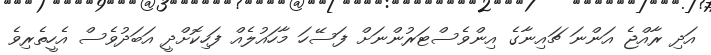
އަދި ރާއްޖެ އަންނަ ޗައިނާގެ އިންވެސްޓަރުންނަށް ފަސޭހަ މާހައުލެއް ފަހިކޮށްދީ އަބަދުވެސް އެހީތެރިވެ